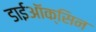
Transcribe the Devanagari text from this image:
डाईऑक्सिन